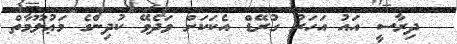
ދިރާސީ އައު އަހަރު ގުރޭޑް އެކަކަށް ވަދެވޭ ކުދިންގެ މަޢުލޫމާތް